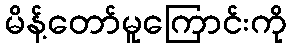
မိန့်တော်မူကြောင်းကို